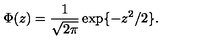
\Phi ( z ) = \frac { 1 } { \sqrt { 2 \pi } } \exp \{ - z ^ { 2 } / 2 \} .